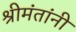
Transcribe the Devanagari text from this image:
श्रीमंतांनी